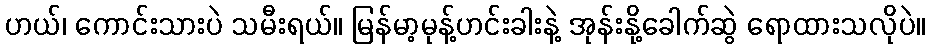
ဟယ်၊ ကောင်းသားပဲ သမီးရယ်။ မြန်မာ့မုန့်ဟင်းခါးနဲ့ အုန်းနို့ခေါက်ဆွဲ ရောထားသလိုပဲ။